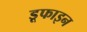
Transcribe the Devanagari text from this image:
डूफाइन